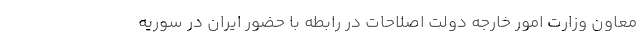
معاون وزارت امور خارجه دولت اصلاحات در رابطه با حضور ایران در سوریه